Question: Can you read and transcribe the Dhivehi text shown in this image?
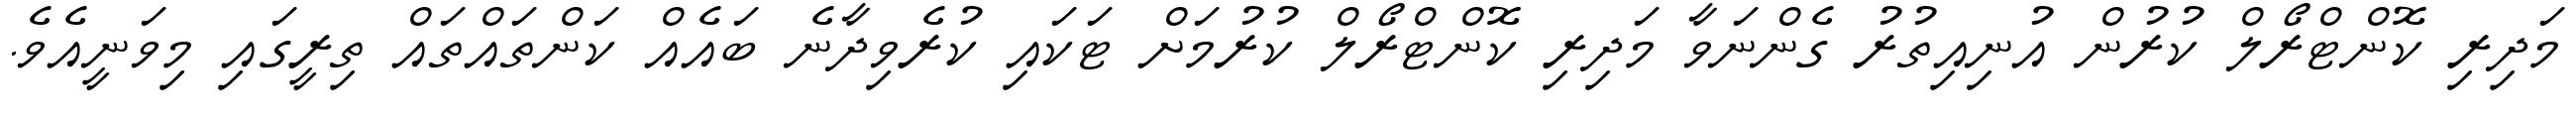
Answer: މަދިރި ކޮންޓްރޯލް ކުރުން އުނިއިތުރު ގެންނަވާ މަދިރި ކޮންޓްރޯލް ކުރުމަށް ޓަކައި ކުރެވިދާނެ ބައެއް ކަންތައްތައް ތިރީގައި މިވަނީއެވެ.